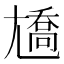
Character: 𡰑